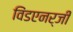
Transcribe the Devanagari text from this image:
विंडएनर्जी